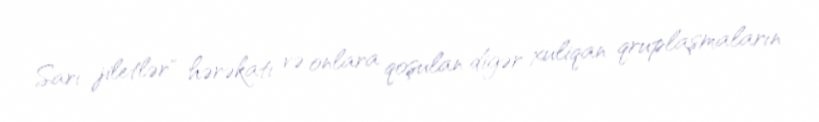
Sarı jiletlər" hərəkatı və onlara qoşulan digər xuliqan qruplaşmaların